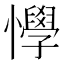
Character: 𢤾